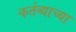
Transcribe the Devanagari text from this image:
कर्तव्याच्या